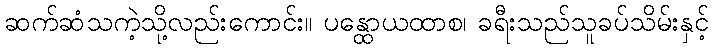
ဆက်ဆံသကဲ့သို့လည်းကောင်း။ ပန္ထောယထာစ၊ ခရီးသည်သူခပ်သိမ်းနှင့်